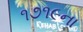
૧૭૧૯ના